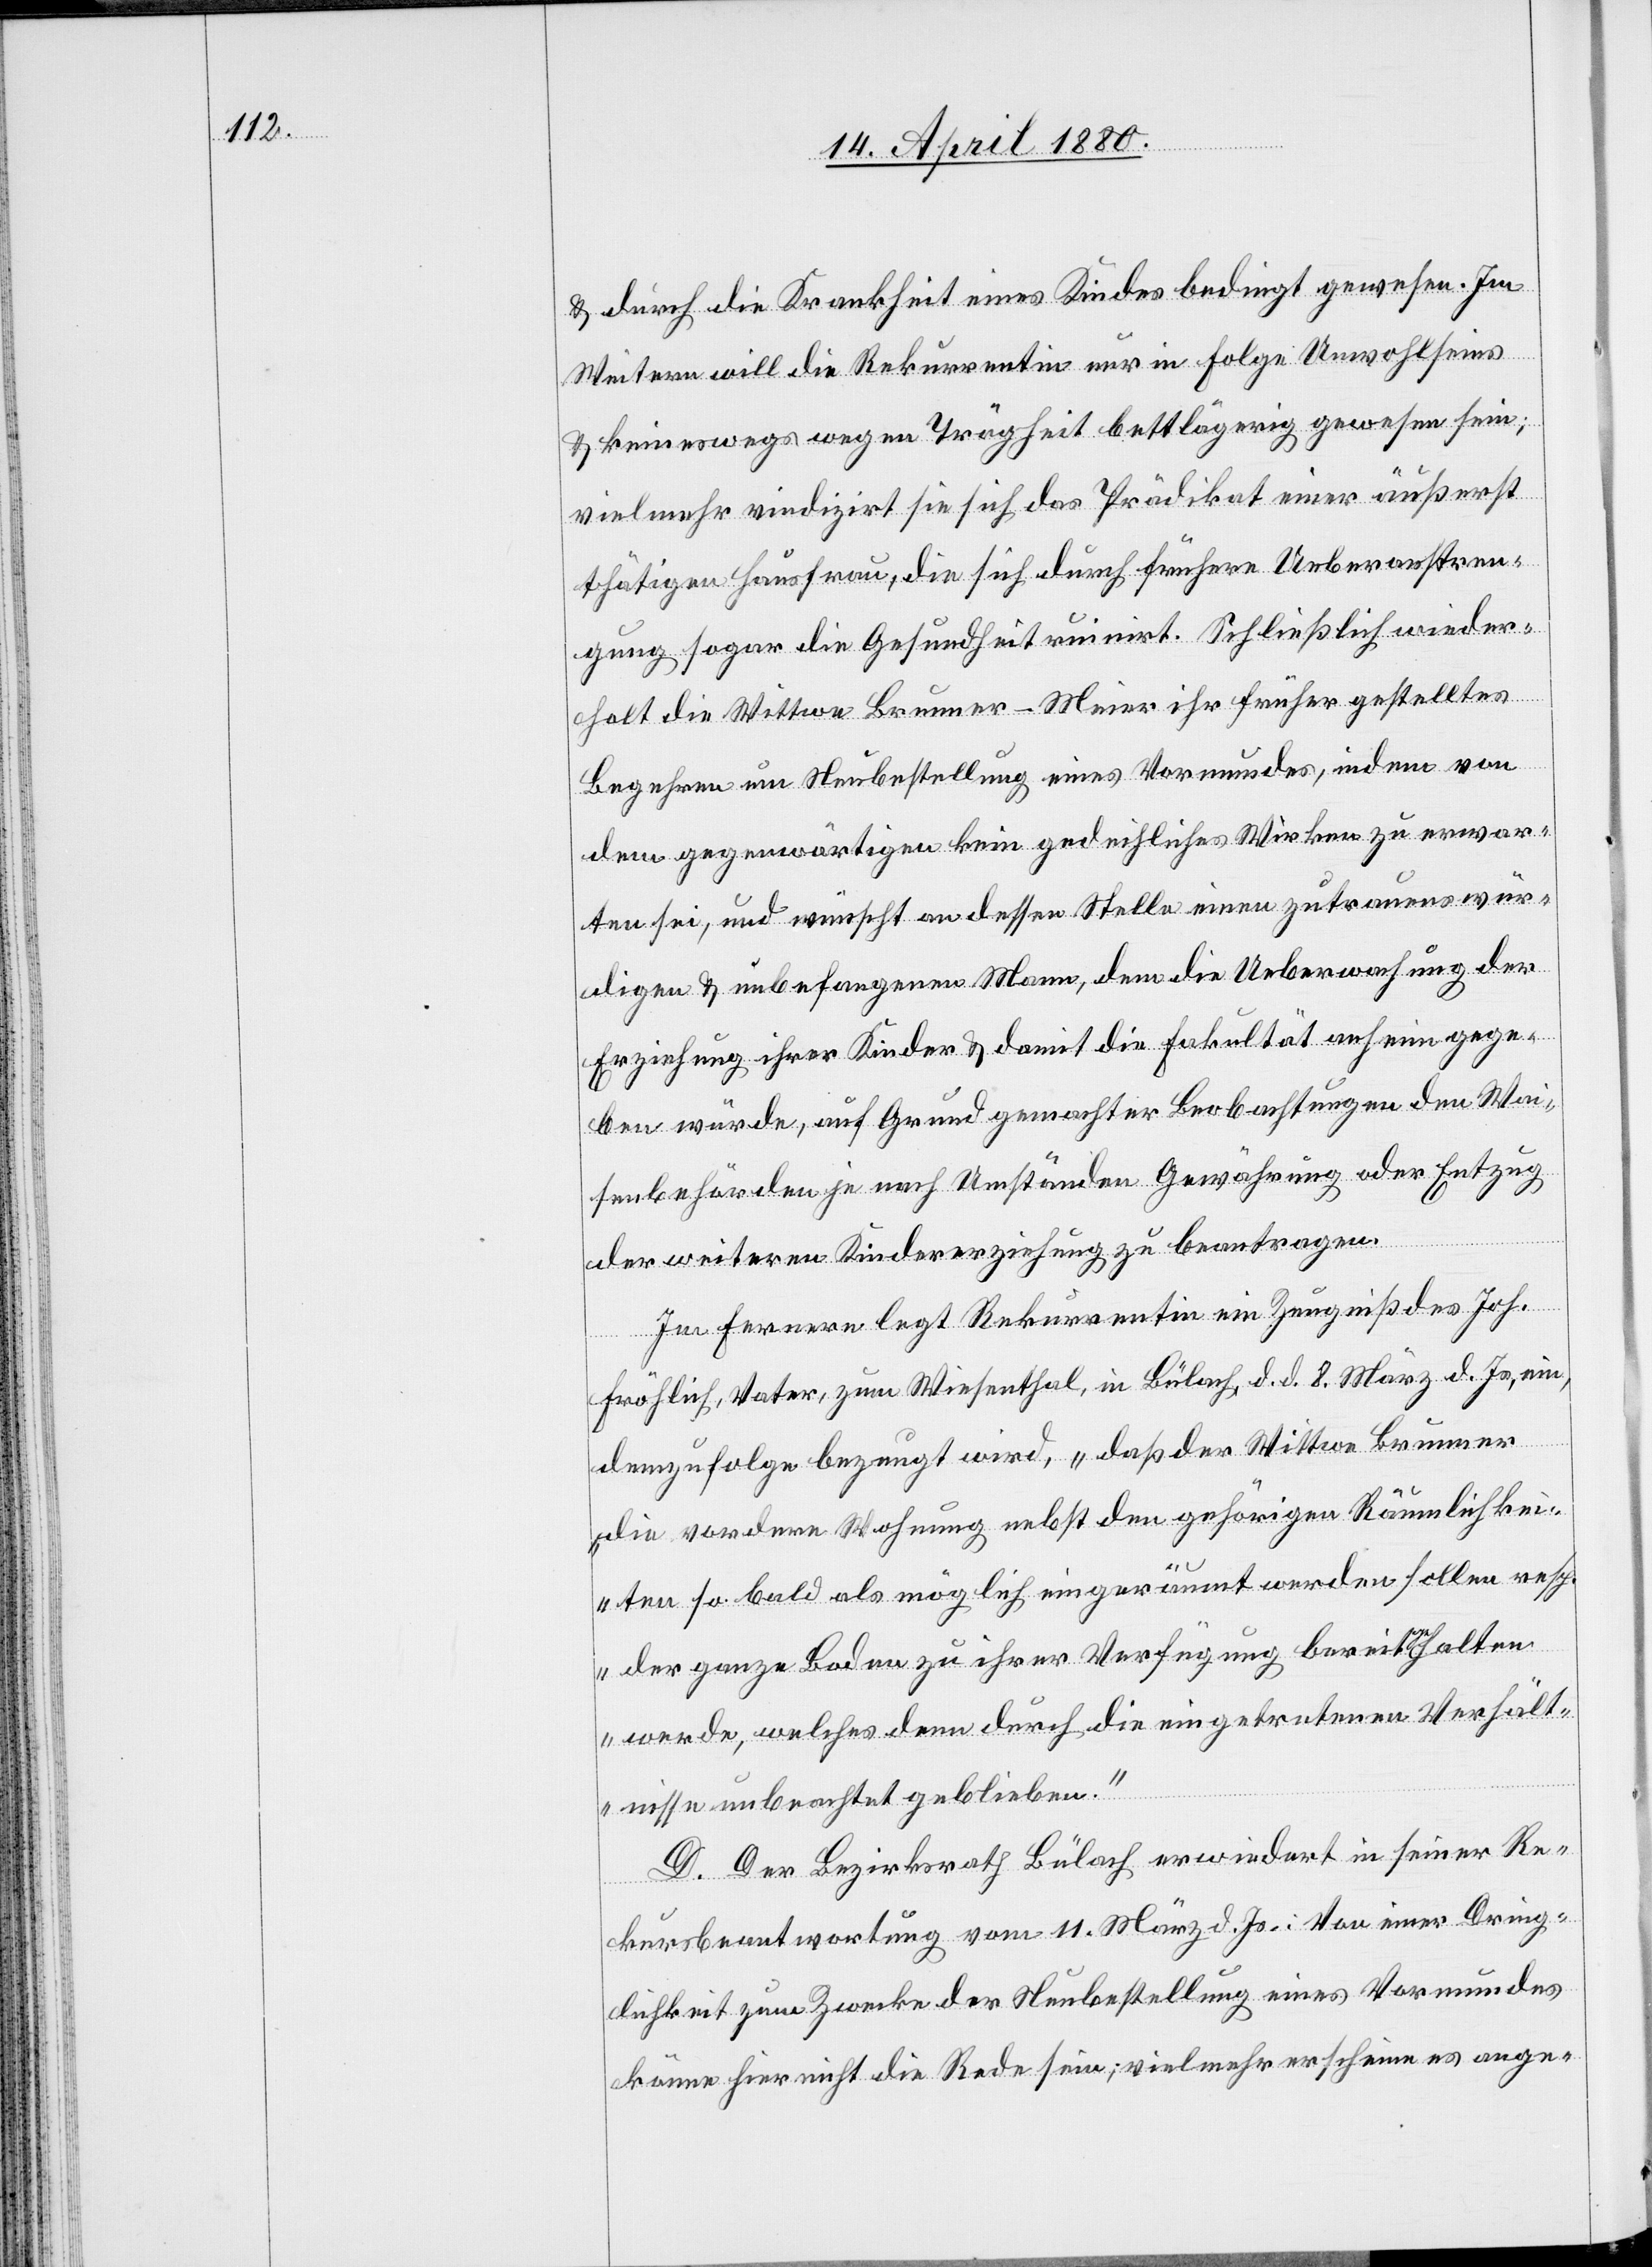
& durch die Krankheit eines Kindes bedingt gewesen. Im
Weitern will die Rekurrentin nur in Folge Unwohlseins
& keineswegs wegen Trägheit bettlägerig gewesen sein;
vielmehr vindizirt sie sich das Prädikat einer äußerst
thätigen Hausfrau, die sich durch frühere Ueberanstren¬
gung sogar die Gesundheit ruinirt. Schließlich wieder¬
holt die Wittwe Brunner-Meier ihr früher gestelltes
Begehren um Neubestellung eines Vormundes, indem von
dem gegenwärtigen kein gedeihliches Wirken zu erwar¬
ten sei, und wünscht an dessen Stelle einen zutrauenswür¬
digen & unbefangenen Mann, dem die Ueberwachung der
Erziehung ihrer Kinder & damit die Fakultät anheim gege¬
ben würde, auf Grund gemachter Beobachtungen den Wai¬
senbehörden je nach Umständen Gewährung oder Entzug
der weitern Kindererziehung zu beantragen.
Im fernern legt Rekurrentin ein Zeugniß des Joh.
Fröhlich, Vater, zum Wiesenthal, in Bülach, d. d. 8. März d. Js., ein,
demzufolge bezeugt wird, „daß der Wittwe Brunner
die vordere Wohnung nebst den gehörigen Räumlichkei¬
ten so bald als möglich eingeräumt werden sollen resp.
der ganze Boden zu ihrer Verfügung bereitgehalten
werde, welches denn durch die eingetretenen Verhält¬
nisse unbeachtet geblieben.“
D. Der Bezirksrath Bülach erwiedert in seiner Re¬
kursbeantwortung vom 11. März d. Js.: Von einer Dring¬
lichkeit zum Zwecke der Neubestellung eines Vormundes
könne hier nicht die Rede sein; vielmehr erscheine es ange-